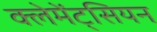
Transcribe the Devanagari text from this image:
क्लेमेंट्सियन